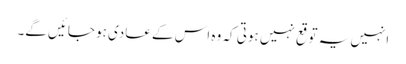
انہیں یہ توقع نہیں ہوتی کہ وہ اس کے عادی ہو جائیں گے۔